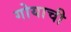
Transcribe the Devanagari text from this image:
गोयाची